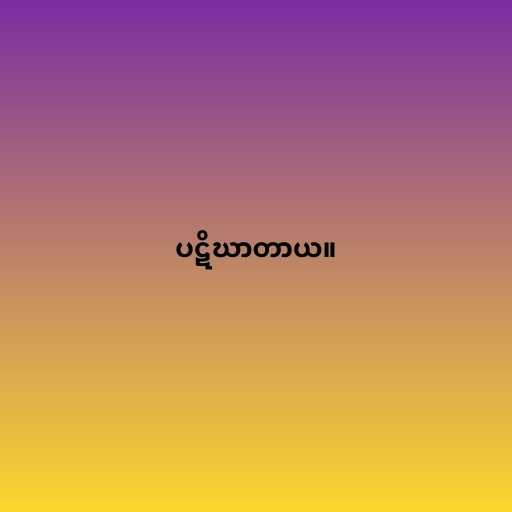
ပဋိဃာတာယ။